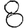
Digit: 8